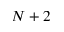
N + 2